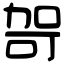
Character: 哿